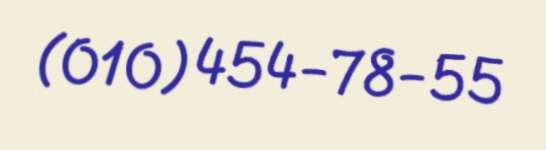
(010) 454-78-55